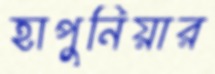
হাপুনিয়ার